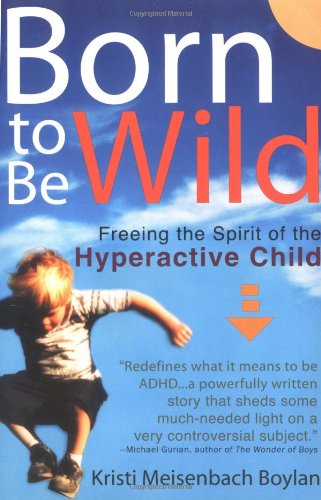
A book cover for Born to be Wild: Freeing the Spirit of the Hyper-Active Child; Kristi Meisenbach Boylan; Parenting & Relationships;